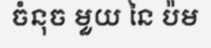
ចំនុច មួយ នៃ ប៉ម